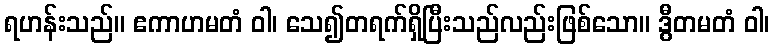
ရဟန်းသည်။ ဧကာဟမတံ ဝါ၊ သေ၍တရက်ရှိပြီးသည်လည်းဖြစ်သော။ ဒွီတမတံ ဝါ၊